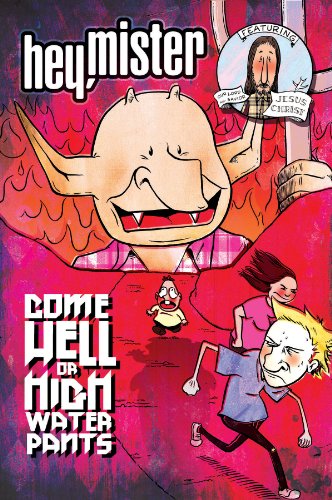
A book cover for Hey, Mister: Come Hell or Highwater Pants; Pete Sickman-Garner; Comics & Graphic Novels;